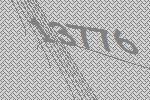
13776